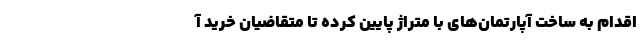
اقدام به ساخت آپارتمان‌های با متراژ پایین کرده تا متقاضیان خرید آ